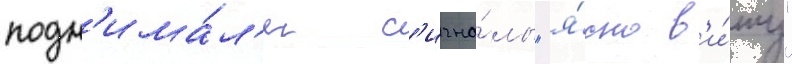
подн'има́л'и с'игна́лы "я́сно в'и́жу"